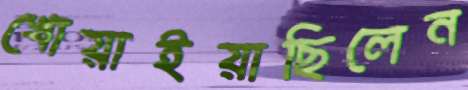
খোয়াইয়াছিলেন